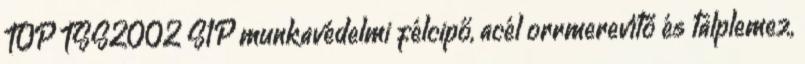
TOP TSS2002 S1P munkavédelmi félcipő, acél orrmerevítő és talplemez,